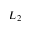
L _ { 2 }